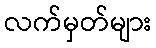
လက်မှတ်များ